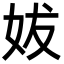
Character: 妭